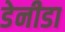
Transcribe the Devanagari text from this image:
डेनीडा